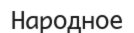
Народное